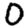
Digit: 0